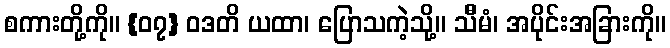
စကားတို့ကို။ {၀၇} ဝဒတိ ယထာ၊ ပြောသကဲ့သို့။ သီိမံ၊ အပိုင်းအခြားကို။